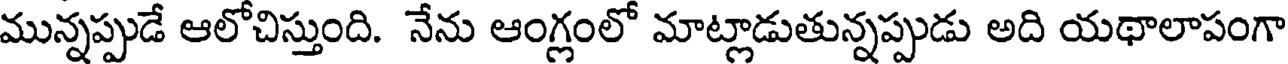
మున్నప్పుడే ఆలోచిస్తుంది. నేను ఆంగ్లంలో మాట్లాడుతున్నప్పుడు అది యథాలాపంగా